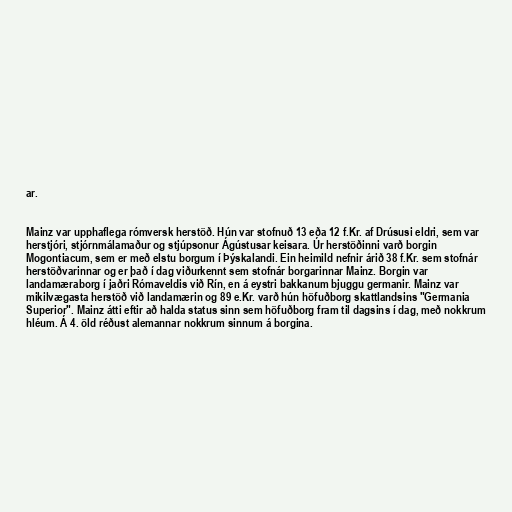
ar.

Mainz var upphaflega rómversk herstöð. Hún var stofnuð 13 eða 12 f.Kr. af Drúsusi eldri, sem var
herstjóri, stjórnmálamaður og stjúpsonur Ágústusar keisara. Úr herstöðinni varð borgin
Mogontiacum, sem er með elstu borgum í Þýskalandi. Ein heimild nefnir árið 38 f.Kr. sem stofnár
herstöðvarinnar og er það í dag viðurkennt sem stofnár borgarinnar Mainz. Borgin var
landamæraborg í jaðri Rómaveldis við Rín, en á eystri bakkanum bjuggu germanir. Mainz var
mikilvægasta herstöð við landamærin og 89 e.Kr. varð hún höfuðborg skattlandsins "Germania
Superior". Mainz átti eftir að halda status sinn sem höfuðborg fram til dagsins í dag, með nokkrum
hléum. Á 4. öld réðust alemannar nokkrum sinnum á borgina.